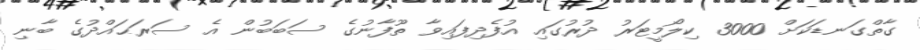
ގާތްގަނޑަކަށް 3000 ކިލޯމީޓަރު ދުރުގައި އުފެދިފައިވާ ތޫފާނުގެ ސަބަބުން އެ ސަރަޙައްދުގެ ބާނި